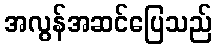
အလွန်အဆင်ပြေသည်